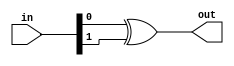
module f12_TECH_XOR2(input [1:0] in, output out);
assign out = in[0] ^ in[1];
endmodule